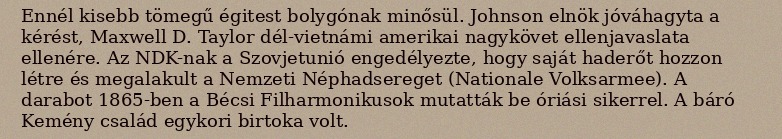
Ennél kisebb tömegű égitest bolygónak minősül. Johnson elnök jóváhagyta a kérést, Maxwell D. Taylor dél-vietnámi amerikai nagykövet ellenjavaslata ellenére. Az NDK-nak a Szovjetunió engedélyezte, hogy saját haderőt hozzon létre és megalakult a Nemzeti Néphadsereget (Nationale Volksarmee). A darabot 1865-ben a Bécsi Filharmonikusok mutatták be óriási sikerrel. A báró Kemény család egykori birtoka volt.